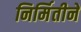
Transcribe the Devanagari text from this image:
निर्मितीने